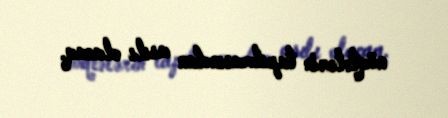
nöqtələrin tapılmasından asılı olacaq.